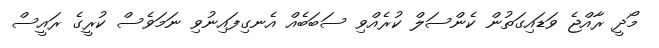
މޯދީ ރާއްޖެ ވަޑައިގަތުން ކެންސަލް ކުރެއްވި ސަބަބެއް އެނގިފައިނުވި ނަމަވެސް ކުރީގެ ރައީސް